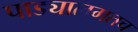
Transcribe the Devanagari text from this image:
पाड्यालगतच